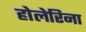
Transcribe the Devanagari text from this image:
होलेरिना